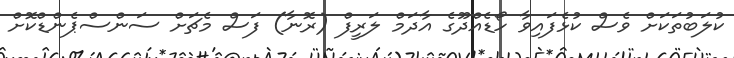
ކުލަބުތަކަށް ވެސް ކުޅެފައިވާ ހޯޑެއްދޫގެ އާދަމް ލަރީފް (ރޮނާ) ފަސް މެޗަށް ސަންސްޕެންޑްކޮށް